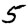
Digit: 5